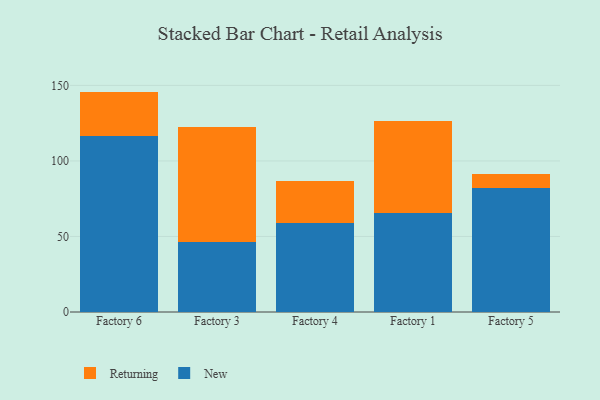
{"axis": {"x": "Factory", "y": "Gross Profit (USD K)"}, "legend": ["New", "Returning"], "data": [{"x": "Factory 6", "y": 116.7, "type": "New"}, {"x": "Factory 6", "y": 29.2, "type": "Returning"}, {"x": "Factory 3", "y": 46.4, "type": "New"}, {"x": "Factory 3", "y": 76.1, "type": "Returning"}, {"x": "Factory 4", "y": 59.0, "type": "New"}, {"x": "Factory 4", "y": 27.6, "type": "Returning"}, {"x": "Factory 1", "y": 65.3, "type": "New"}, {"x": "Factory 1", "y": 61.2, "type": "Returning"}, {"x": "Factory 5", "y": 82.0, "type": "New"}, {"x": "Factory 5", "y": 9.5, "type": "Returning"}]}